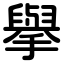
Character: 擧